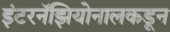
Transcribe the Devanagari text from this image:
इंटरनॅझियोनालकडून